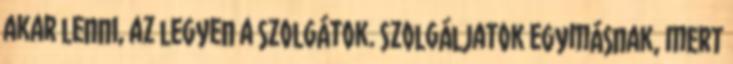
akar lenni, az legyen a szolgátok. Szolgáljatok egymásnak, mert